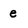
Character: e